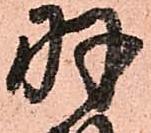
羽